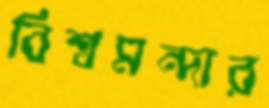
বিশ্বমন্দার